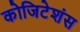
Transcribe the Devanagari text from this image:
कोजिटेशंस